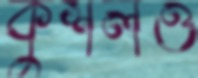
কুশলও